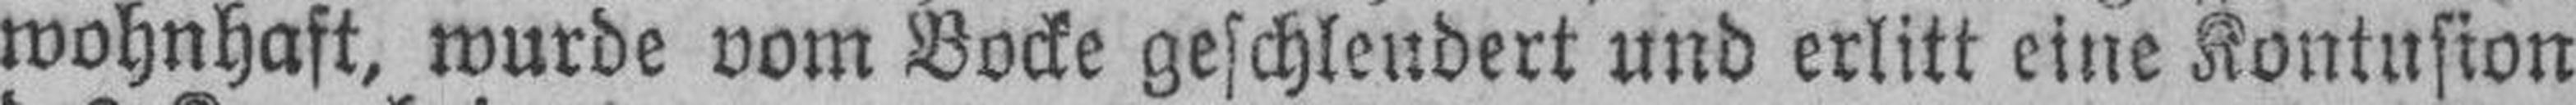
wohnhaft, wurde vom Bocke geschleudert und erlitt eine Kontusion